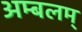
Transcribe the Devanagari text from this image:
अम्बलम्